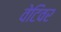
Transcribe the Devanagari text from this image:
वेटिवर